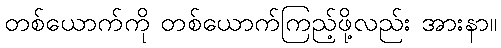
တစ်ယောက်ကို တစ်ယောက်ကြည့်ဖို့လည်း အားနာ။